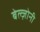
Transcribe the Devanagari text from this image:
बेल्ज़ोनी